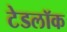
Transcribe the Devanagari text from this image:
टेडलॉक